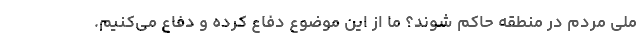
ملی مردم در منطقه حاکم شوند؟ ما از این موضوع دفاع کرده و دفاع می‌کنیم.